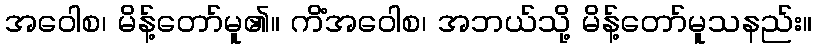
အဝေါစ၊ မိန့်တော်မူ၏။ ကိံအဝေါစ၊ အဘယ်သို့ မိန့်တော်မူသနည်း။